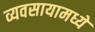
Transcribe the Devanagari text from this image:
व्यवसायामध्ये